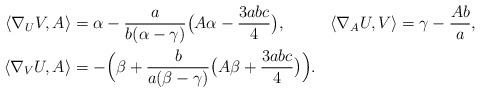
LaTeX: \begin{align*}\begin{aligned}\langle\nabla_U V,A\rangle &{}=\alpha-\frac{a}{b(\alpha-\gamma)}\bigl(A\alpha-\frac{3abc}{4}\bigr),&\langle\nabla_A U,V\rangle &{}=\gamma-\frac{Ab}{a},\\\langle\nabla_V U,A\rangle &{}=-\Bigl(\beta+\frac{b}{a(\beta-\gamma)}\bigl(A\beta+\frac{3abc}{4}\bigr)\Bigr).\end{aligned}\end{align*}